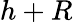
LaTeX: h+R